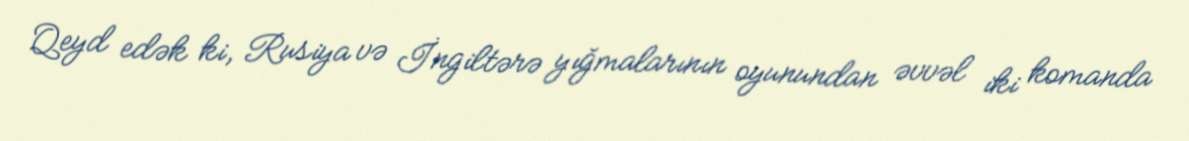
Qeyd edək ki, Rusiya və İngiltərə yığmalarının oyunundan əvvəl iki komanda